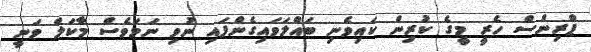
ޕްރިންސް ހެރީ މީގެ ކުރިން ކައިވެނި ބައްލަވައިގެންފައި ނުވި ނަމަވެސް މާކަލް ވަނީ